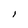
Character: l